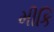
મીકિ